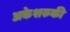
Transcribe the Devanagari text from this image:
अकेशरुकी